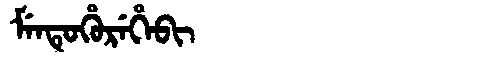
Manchu: ᠮᡝᠨᡨᡠᡥᡠᡵᡝᡥᡝᠪᡳ
Romanization: MENTUHUREHEBI